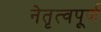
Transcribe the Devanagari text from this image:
नेतृत्वपूर्ण